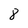
Character: 8